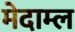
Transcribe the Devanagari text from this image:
मेदाम्ल